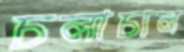
চলাচাল